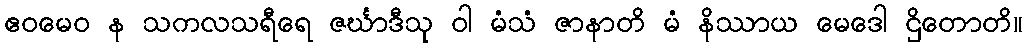
ဧဝမေဝ န သကလသရီရေ ဇင်္ဃာဒီသု ဝါ မံသံ ဇာနာတိ မံ နိဿာယ မေဒေါ ဌိတောတိ။